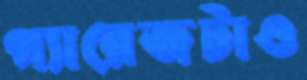
গ্যারেজটাও